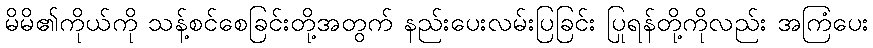
မိမိ၏ကိုယ်ကို သန့်စင်စေခြင်းတို့အတွက် နည်းပေးလမ်းပြခြင်း ပြုရန်တို့ကိုလည်း အကြံပေး